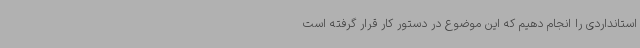
استانداردی را انجام دهیم که این موضوع در دستور کار قرار گرفته است